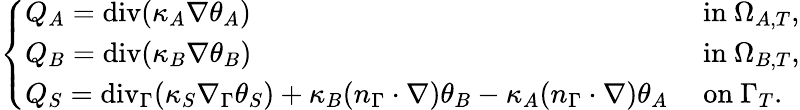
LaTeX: \left\{ \begin{array}{ll}{Q_{A}=\mathrm{{div}}(\kappa_{A}\nabla\theta_{A})}&{\mathrm{~in~}\Omega_{A,T},}\\ {Q_{B}={\mathrm{div}}(\kappa_{B}\nabla\theta_{B})}&{\mathrm{~in~}\Omega_{B,T},}\\ {Q_{S}=\mathrm{{div}}_{\Gamma}(\kappa_{S}\nabla_{\Gamma}\theta_{S})+\kappa_{B}(n_{\Gamma}\cdot\nabla)\theta_{B}-\kappa_{A}(n_{\Gamma}\cdot\nabla)\theta_{A}}&{\mathrm{~on~}\Gamma_{T}.}\end{array}\right.